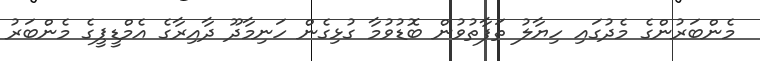
މެންބަރުންގެ މެދުގައި ހިޔާލު ތަފާތުވުން ބޮޑުވުމާ ގުޅިގެން ހަނިމާދޫ ދާއިރާގެ އެމްޑީޕީގެ މެންބަރު